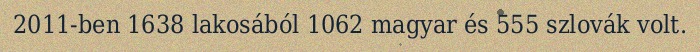
2011-ben 1638 lakosából 1062 magyar és 555 szlovák volt.